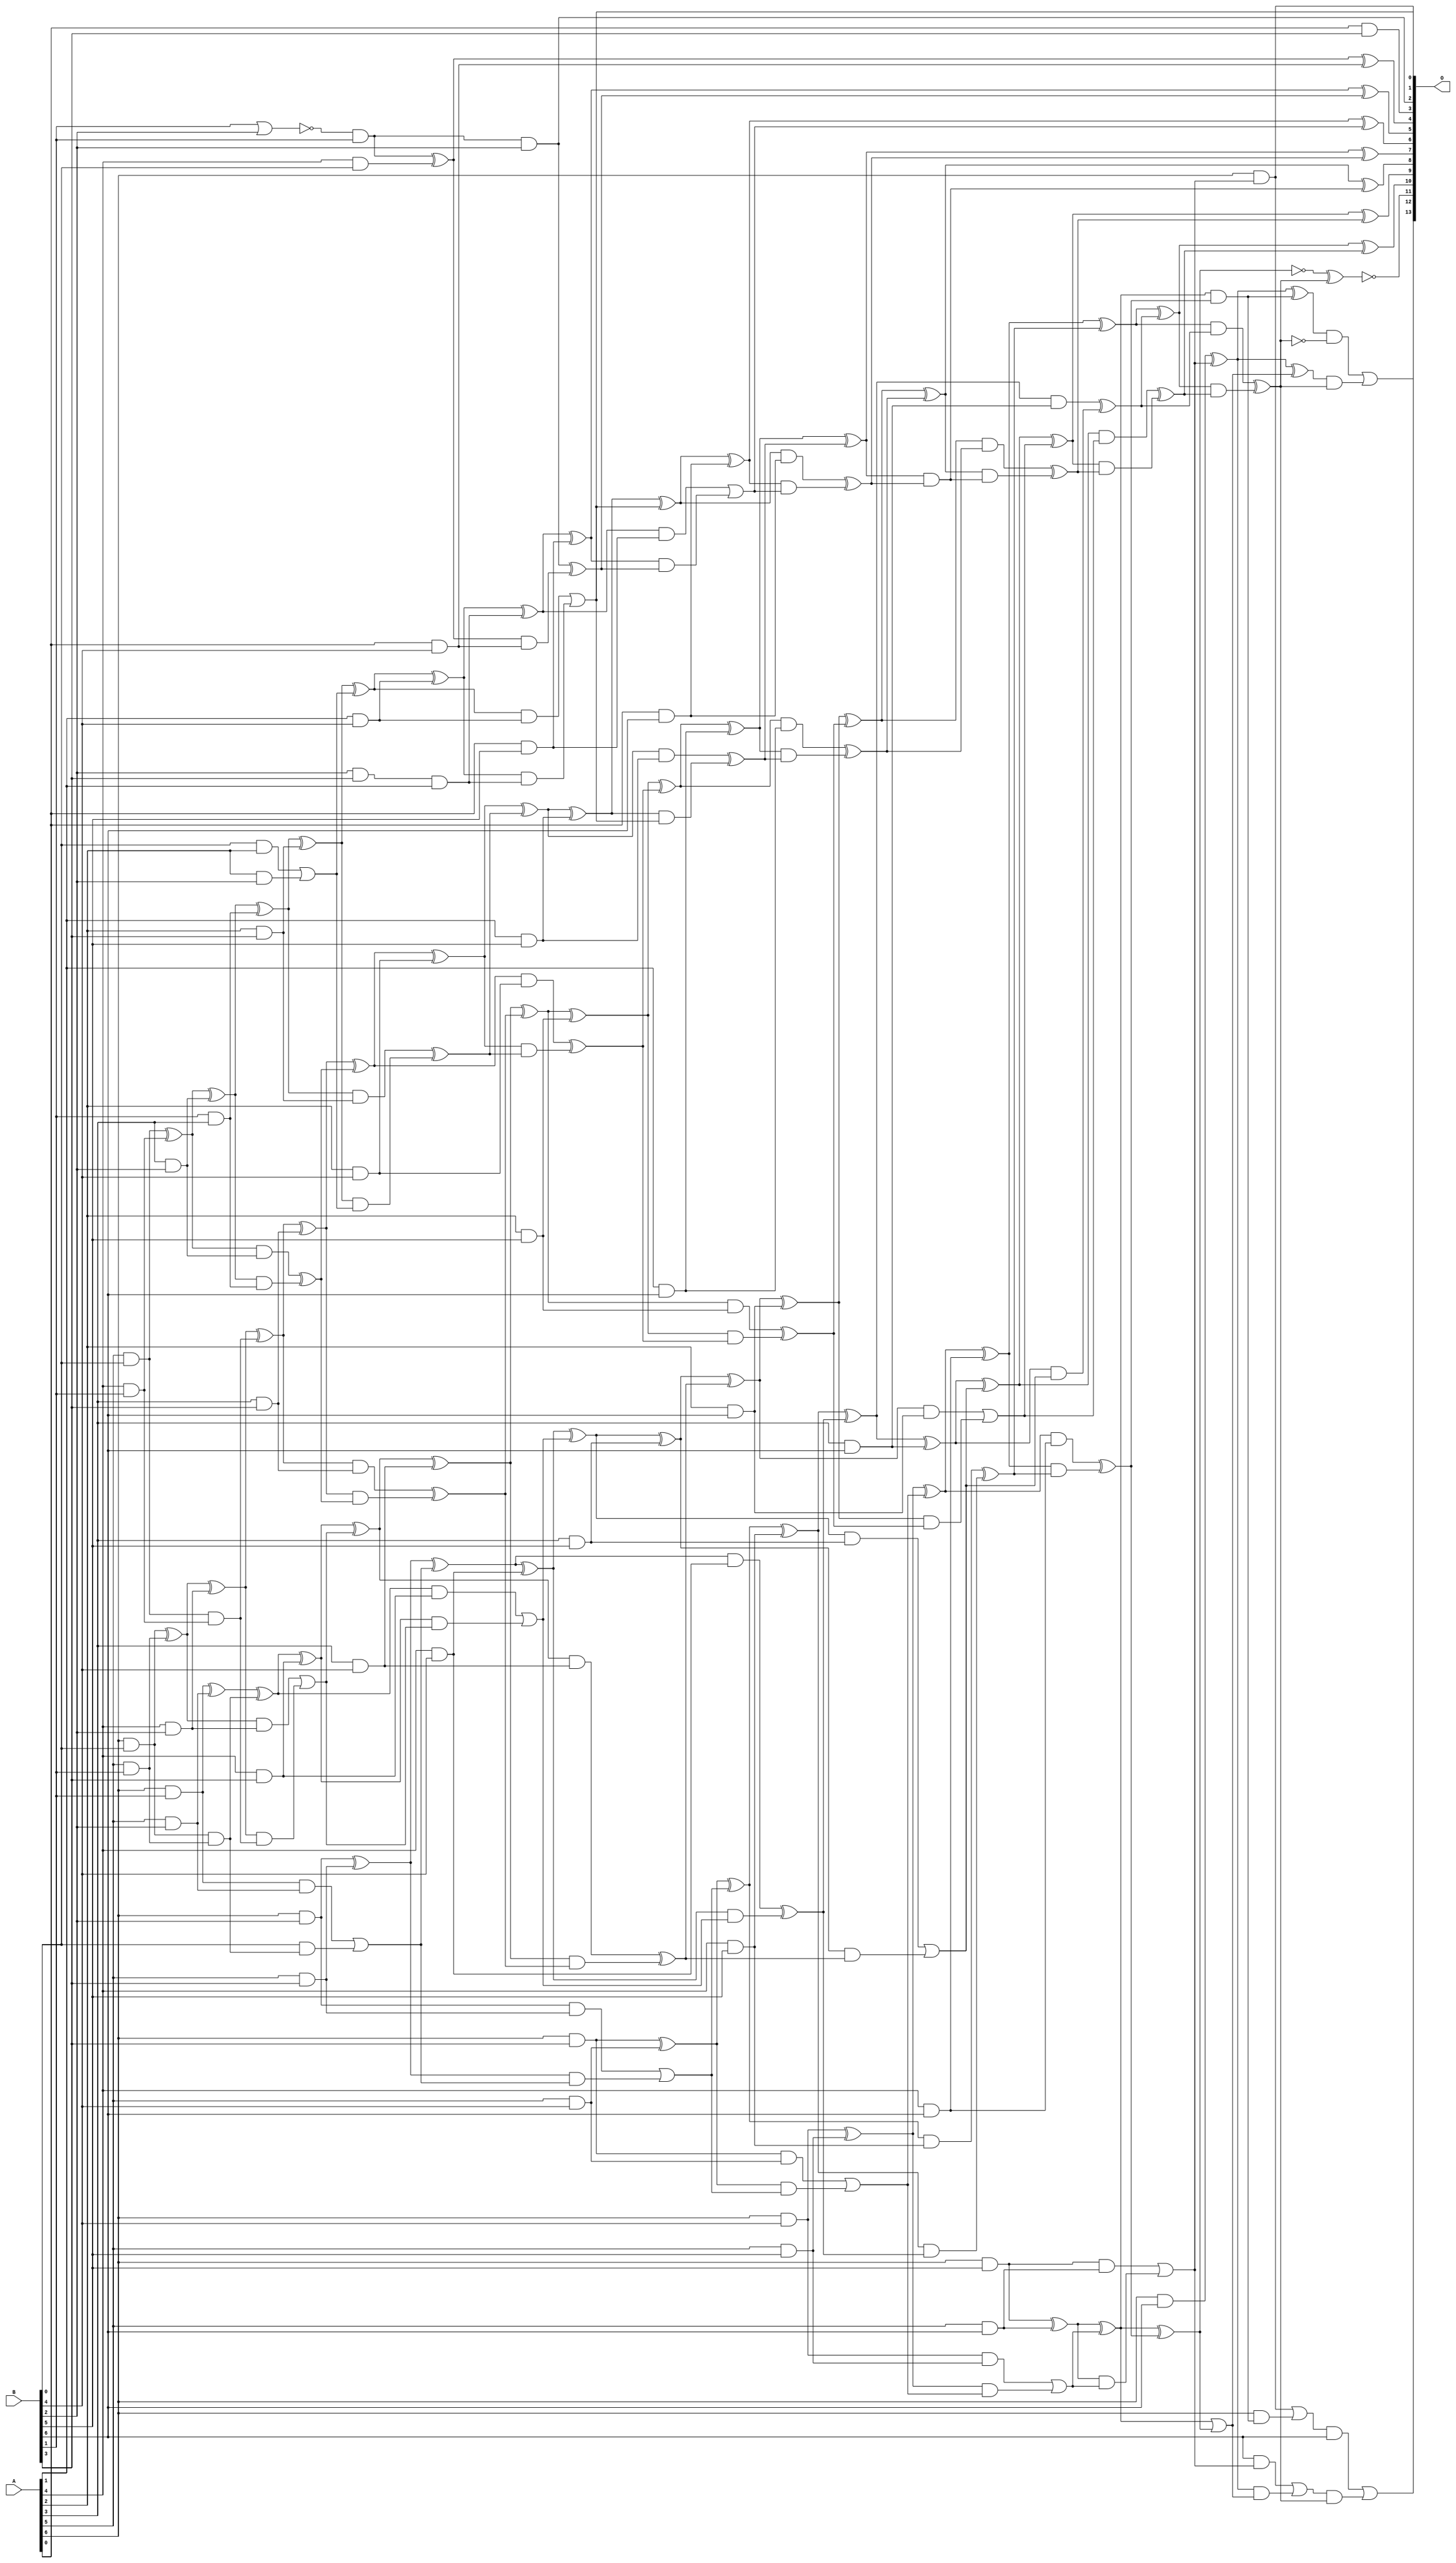
/***
* This code is a part of EvoApproxLib library (ehw.fit.vutbr.cz/approxlib) distributed under The MIT License.
* When used, please cite the following article(s): V. Mrazek, S. S. Sarwar, L. Sekanina, Z. Vasicek and K. Roy, "Design of power-efficient approximate multipliers for approximate artificial neural networks," 2016 IEEE/ACM International Conference on Computer-Aided Design (ICCAD), Austin, TX, 2016, pp. 1-7. doi: 10.1145/2966986.2967021 
* This file contains a circuit from a sub-set of pareto optimal circuits with respect to the pwr and ep parameters
***/
// MAE% = 0.058 %
// MAE = 9.5 
// WCE% = 0.19 %
// WCE = 31 
// WCRE% = 700.00 %
// EP% = 85.08 %
// MRE% = 1.68 %
// MSE = 155 
// PDK45_PWR = 0.238 mW
// PDK45_AREA = 446.8 um2
// PDK45_DELAY = 1.22 ns


module mul7u_035(A, B, O);
  input [6:0] A, B;
  output [13:0] O;
  wire [6:0] A, B;
  wire [13:0] O;
  wire sig_19, sig_20, sig_25, sig_26, sig_27, sig_35;
  wire sig_36, sig_37, sig_38, sig_39, sig_43, sig_44;
  wire sig_45, sig_46, sig_58, sig_59, sig_61, sig_62;
  wire sig_63, sig_64, sig_65, sig_66, sig_67, sig_68;
  wire sig_69, sig_70, sig_71, sig_72, sig_73, sig_74;
  wire sig_75, sig_76, sig_79, sig_80, sig_81, sig_82;
  wire sig_83, sig_88, sig_89, sig_90, sig_92, sig_93;
  wire sig_94, sig_95, sig_96, sig_97, sig_98, sig_99;
  wire sig_100, sig_101, sig_102, sig_103, sig_104, sig_105;
  wire sig_106, sig_107, sig_108, sig_109, sig_110, sig_111;
  wire sig_112, sig_113, sig_114, sig_115, sig_116, sig_117;
  wire sig_118, sig_119, sig_120, sig_121, sig_123, sig_125;
  wire sig_126, sig_127, sig_128, sig_129, sig_131, sig_132;
  wire sig_133, sig_134, sig_135, sig_136, sig_137, sig_138;
  wire sig_139, sig_140, sig_141, sig_142, sig_143, sig_144;
  wire sig_145, sig_146, sig_147, sig_148, sig_149, sig_150;
  wire sig_151, sig_152, sig_153, sig_154, sig_155, sig_156;
  wire sig_157, sig_158, sig_159, sig_160, sig_162, sig_163;
  wire sig_164, sig_165, sig_166, sig_167, sig_168, sig_169;
  wire sig_170, sig_171, sig_172, sig_173, sig_174, sig_175;
  wire sig_176, sig_177, sig_178, sig_179, sig_180, sig_181;
  wire sig_182, sig_183, sig_184, sig_185, sig_186, sig_187;
  wire sig_188, sig_189, sig_190, sig_191, sig_192, sig_193;
  wire sig_194, sig_195, sig_196, sig_197, sig_199, sig_200;
  wire sig_201, sig_202, sig_203, sig_204, sig_205, sig_206;
  wire sig_207, sig_208, sig_209, sig_210, sig_211, sig_212;
  wire sig_213, sig_214, sig_215, sig_216, sig_217, sig_218;
  wire sig_219, sig_220, sig_221, sig_222, sig_223, sig_224;
  wire sig_226, sig_227, sig_228, sig_229, sig_231, sig_232;
  wire sig_233, sig_234, sig_236, sig_237, sig_238, sig_239;
  wire sig_241, sig_243, sig_244, sig_246, sig_247, sig_248;
  wire sig_249, sig_250, sig_251, sig_252, sig_253, sig_254;
  wire sig_255, sig_256, sig_257, sig_262, sig_263, sig_264;
  wire sig_267, sig_268;
  assign sig_19 = A[5] & B[0];
  assign sig_20 = A[6] & B[0];
  assign sig_25 = A[4] & B[1];
  assign sig_26 = A[5] & B[1];
  assign sig_27 = A[6] & B[1];
  assign sig_35 = B[1] & A[3];
  assign sig_36 = sig_19 ^ sig_25;
  assign sig_37 = sig_19 & sig_25;
  assign sig_38 = sig_20 ^ sig_26;
  assign sig_39 = sig_20 & sig_26;
  assign O[3] = A[0] & B[3];
  assign sig_43 = A[3] & B[2];
  assign sig_44 = A[4] & B[2];
  assign sig_45 = A[5] & B[2];
  assign sig_46 = A[6] & B[2];
  assign sig_58 = B[0] & A[2];
  assign sig_59 = A[2] & B[2];
  assign sig_61 = sig_58 | sig_59;
  assign sig_62 = sig_36 ^ sig_43;
  assign sig_63 = sig_36 & sig_43;
  assign sig_64 = sig_62 & sig_35;
  assign sig_65 = sig_62 ^ sig_35;
  assign sig_66 = sig_63 ^ sig_64;
  assign sig_67 = sig_38 ^ sig_44;
  assign sig_68 = sig_38 & sig_44;
  assign sig_69 = sig_67 & sig_37;
  assign sig_70 = sig_67 ^ sig_37;
  assign sig_71 = sig_68 | sig_69;
  assign sig_72 = sig_27 ^ sig_45;
  assign sig_73 = sig_27 & sig_45;
  assign sig_74 = B[0] & sig_39;
  assign sig_75 = sig_72 ^ sig_39;
  assign sig_76 = sig_73 | sig_74;
  assign sig_79 = A[2] & B[3];
  assign sig_80 = A[3] & B[3];
  assign sig_81 = A[4] & B[3];
  assign sig_82 = A[5] & B[3];
  assign sig_83 = A[6] & B[3];
  assign sig_88 = A[0] & B[4];
  assign sig_89 = !(B[1] | B[2]);
  assign sig_90 = B[2] & B[3];
  assign sig_92 = sig_89 & B[1];
  assign sig_93 = sig_90 & A[1];
  assign sig_94 = sig_65 ^ sig_79;
  assign sig_95 = sig_65 & sig_79;
  assign sig_96 = sig_94 & sig_61;
  assign sig_97 = sig_94 ^ sig_61;
  assign sig_98 = sig_95 ^ sig_96;
  assign sig_99 = sig_70 ^ sig_80;
  assign sig_100 = sig_70 & sig_80;
  assign sig_101 = sig_99 & sig_66;
  assign sig_102 = sig_99 ^ sig_66;
  assign sig_103 = sig_100 ^ sig_101;
  assign sig_104 = sig_75 ^ sig_81;
  assign sig_105 = sig_75 & sig_81;
  assign sig_106 = sig_104 & sig_71;
  assign sig_107 = sig_104 ^ sig_71;
  assign sig_108 = sig_105 | sig_106;
  assign sig_109 = sig_46 ^ sig_82;
  assign sig_110 = sig_46 & sig_82;
  assign sig_111 = sig_109 & sig_76;
  assign sig_112 = sig_109 ^ sig_76;
  assign sig_113 = sig_110 | sig_111;
  assign sig_114 = A[4] & B[0];
  assign sig_115 = A[1] & B[4];
  assign sig_116 = A[2] & B[4];
  assign sig_117 = A[3] & B[4];
  assign sig_118 = A[4] & B[4];
  assign sig_119 = A[5] & B[4];
  assign sig_120 = A[6] & B[4];
  assign sig_121 = sig_92 ^ sig_114;
  assign O[2] = sig_92 & B[2];
  assign sig_123 = sig_121 & sig_88;
  assign O[4] = sig_121 ^ sig_88;
  assign sig_125 = O[2] ^ sig_123;
  assign sig_126 = sig_97 ^ sig_115;
  assign sig_127 = sig_97 & sig_115;
  assign sig_128 = sig_126 & sig_93;
  assign sig_129 = sig_126 ^ sig_93;
  assign O[1] = sig_127 | sig_128;
  assign sig_131 = sig_102 ^ sig_116;
  assign sig_132 = sig_102 & sig_116;
  assign sig_133 = sig_131 & sig_98;
  assign sig_134 = sig_131 ^ sig_98;
  assign sig_135 = sig_132 ^ sig_133;
  assign sig_136 = sig_107 ^ sig_117;
  assign sig_137 = sig_107 & sig_117;
  assign sig_138 = sig_136 & sig_103;
  assign sig_139 = sig_136 ^ sig_103;
  assign sig_140 = sig_137 ^ sig_138;
  assign sig_141 = sig_112 ^ sig_118;
  assign sig_142 = sig_112 & sig_118;
  assign sig_143 = sig_141 & sig_108;
  assign sig_144 = sig_141 ^ sig_108;
  assign sig_145 = sig_142 ^ sig_143;
  assign sig_146 = sig_83 ^ sig_119;
  assign sig_147 = sig_83 & sig_119;
  assign sig_148 = sig_146 & sig_113;
  assign sig_149 = sig_146 ^ sig_113;
  assign sig_150 = sig_147 | sig_148;
  assign sig_151 = A[0] & B[5];
  assign sig_152 = A[1] & B[5];
  assign sig_153 = A[2] & B[5];
  assign sig_154 = A[3] & B[5];
  assign sig_155 = A[4] & B[5];
  assign sig_156 = A[5] & B[5];
  assign sig_157 = A[6] & B[5];
  assign sig_158 = sig_129 ^ sig_151;
  assign sig_159 = sig_129 & sig_151;
  assign sig_160 = sig_158 & sig_125;
  assign O[5] = sig_158 ^ sig_125;
  assign sig_162 = sig_159 | sig_160;
  assign sig_163 = sig_134 ^ sig_152;
  assign sig_164 = sig_134 & sig_152;
  assign sig_165 = sig_163 & O[1];
  assign sig_166 = sig_163 ^ O[1];
  assign sig_167 = sig_164 ^ sig_165;
  assign sig_168 = sig_139 ^ sig_153;
  assign sig_169 = sig_139 & sig_153;
  assign sig_170 = sig_168 & sig_135;
  assign sig_171 = sig_168 ^ sig_135;
  assign sig_172 = sig_169 ^ sig_170;
  assign sig_173 = sig_144 ^ sig_154;
  assign sig_174 = sig_144 & sig_154;
  assign sig_175 = sig_173 & sig_140;
  assign sig_176 = sig_173 ^ sig_140;
  assign sig_177 = sig_174 | sig_175;
  assign sig_178 = sig_149 ^ sig_155;
  assign sig_179 = sig_149 & sig_155;
  assign sig_180 = sig_178 & sig_145;
  assign sig_181 = sig_178 ^ sig_145;
  assign sig_182 = sig_179 ^ sig_180;
  assign sig_183 = sig_120 ^ sig_156;
  assign sig_184 = sig_120 & sig_156;
  assign sig_185 = sig_183 & sig_150;
  assign sig_186 = sig_183 ^ sig_150;
  assign sig_187 = sig_184 | sig_185;
  assign sig_188 = A[0] & B[6];
  assign sig_189 = A[1] & B[6];
  assign sig_190 = A[2] & B[6];
  assign sig_191 = A[3] & B[6];
  assign sig_192 = A[4] & B[6];
  assign sig_193 = A[5] & B[6];
  assign sig_194 = A[6] & B[6];
  assign sig_195 = sig_166 ^ sig_188;
  assign sig_196 = sig_166 & sig_188;
  assign sig_197 = sig_195 & sig_162;
  assign O[6] = sig_195 ^ sig_162;
  assign sig_199 = sig_196 ^ sig_197;
  assign sig_200 = sig_171 ^ sig_189;
  assign sig_201 = sig_171 & sig_189;
  assign sig_202 = sig_200 & sig_167;
  assign sig_203 = sig_200 ^ sig_167;
  assign sig_204 = sig_201 ^ sig_202;
  assign sig_205 = sig_176 ^ sig_190;
  assign sig_206 = sig_176 & sig_190;
  assign sig_207 = sig_205 & sig_172;
  assign sig_208 = sig_205 ^ sig_172;
  assign sig_209 = sig_206 | sig_207;
  assign sig_210 = sig_181 ^ sig_191;
  assign sig_211 = sig_181 & sig_191;
  assign sig_212 = sig_210 & sig_177;
  assign sig_213 = sig_210 ^ sig_177;
  assign sig_214 = sig_211 ^ sig_212;
  assign sig_215 = sig_186 ^ sig_192;
  assign sig_216 = sig_186 & sig_192;
  assign sig_217 = sig_215 & sig_182;
  assign sig_218 = sig_215 ^ sig_182;
  assign sig_219 = sig_216 ^ sig_217;
  assign sig_220 = sig_157 ^ sig_193;
  assign sig_221 = sig_157 & sig_193;
  assign sig_222 = sig_220 & sig_187;
  assign sig_223 = sig_220 ^ sig_187;
  assign sig_224 = sig_221 | sig_222;
  assign O[7] = sig_203 ^ sig_199;
  assign sig_226 = sig_203 & sig_199;
  assign sig_227 = sig_208 ^ sig_204;
  assign sig_228 = sig_208 & sig_204;
  assign sig_229 = sig_227 & sig_226;
  assign O[8] = sig_227 ^ sig_226;
  assign sig_231 = sig_228 ^ sig_229;
  assign sig_232 = sig_213 ^ sig_209;
  assign sig_233 = sig_213 & sig_209;
  assign sig_234 = sig_232 & sig_231;
  assign O[9] = sig_232 ^ sig_231;
  assign sig_236 = sig_233 ^ sig_234;
  assign sig_237 = sig_218 ^ sig_214;
  assign sig_238 = sig_218 & sig_214;
  assign sig_239 = sig_237 & sig_236;
  assign O[10] = sig_237 ^ sig_236;
  assign sig_241 = sig_238 ^ sig_239;
  assign sig_243 = sig_223 & sig_219;
  assign sig_244 = sig_194 ^ sig_224;
  assign O[0] = A[6] & sig_224;
  assign sig_246 = A[6] & sig_243;
  assign sig_247 = sig_244 ^ sig_243;
  assign sig_248 = O[0] | sig_246;
  assign sig_249 = sig_223 ^ sig_219;
  assign sig_250 = sig_223;
  assign sig_251 = !sig_249;
  assign sig_252 = sig_250 | sig_249;
  assign sig_253 = sig_194 ^ sig_224;
  assign sig_254 = B[6] & sig_224;
  assign sig_255 = sig_253 & sig_252;
  assign sig_256 = sig_253 ^ sig_252;
  assign sig_257 = sig_254 | sig_255;
  assign O[11] = !(sig_251 ^ sig_241);
  assign sig_262 = !sig_241;
  assign sig_263 = sig_247 & sig_262;
  assign sig_264 = sig_256 & sig_241;
  assign O[12] = sig_263 | sig_264;
  assign sig_267 = sig_248 & B[6];
  assign sig_268 = sig_257 & sig_241;
  assign O[13] = sig_267 | sig_268;
endmodule